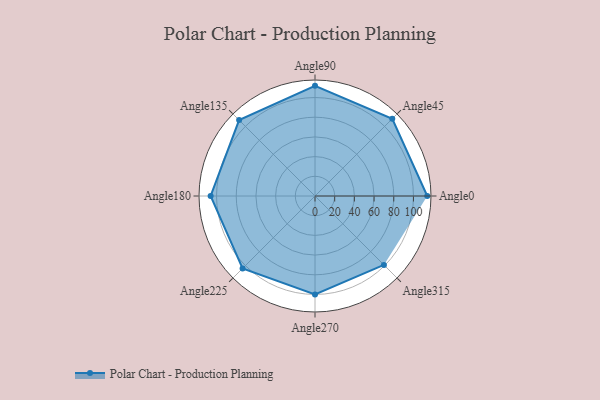
{"axis": {"x": "Angle", "y": "Radius"}, "legend": [""], "data": [{"x": "Angle0", "y": 114.0, "type": ""}, {"x": "Angle45", "y": 111.0, "type": ""}, {"x": "Angle90", "y": 112.0, "type": ""}, {"x": "Angle135", "y": 109.0, "type": ""}, {"x": "Angle180", "y": 106.0, "type": ""}, {"x": "Angle225", "y": 104.0, "type": ""}, {"x": "Angle270", "y": 100.0, "type": ""}, {"x": "Angle315", "y": 99.0, "type": ""}]}